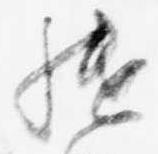
継